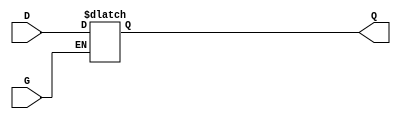
module gated_transparent_latch (
    input wire D,    // Data input
    input wire G,    // Enable input
    output reg Q     // Output
);

    // Always block that triggers on changes to D or G
    always @(*) begin
        if (G) begin
            // When G is high, output follows input D
            Q = D;
        end
        // When G is low, output Q retains its last value
    end

endmodule